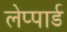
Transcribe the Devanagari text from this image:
लेप्पार्ड